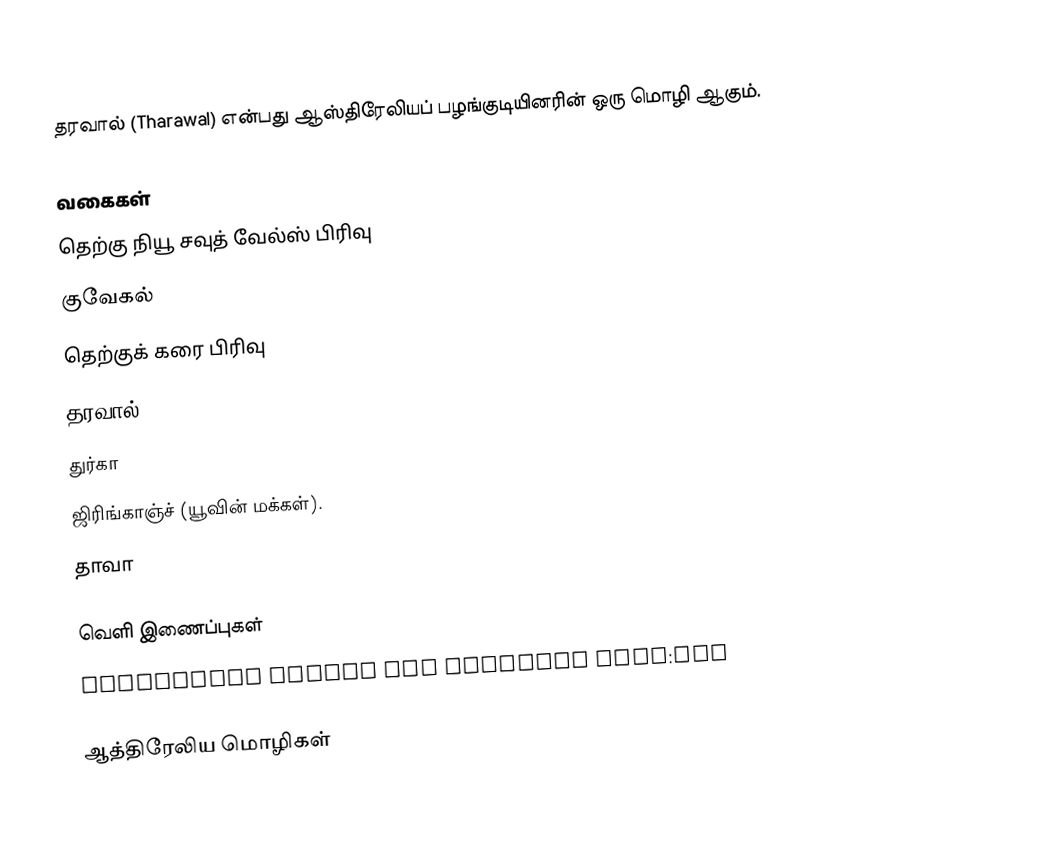
தரவால் (Tharawal) என்பது ஆஸ்திரேலியப் பழங்குடியினரின் ஒரு மொழி ஆகும்.

வகைகள்
தெற்கு நியூ சவுத் வேல்ஸ் பிரிவு
குவேகல்
தெற்குக் கரை பிரிவு
தரவால்.
துர்கா
ஜிரிங்காஞ்ச் (யூவின் மக்கள்).
தாவா

வெளி இணைப்புகள்
Ethnologue report for language code:tbh

ஆத்திரேலிய மொழிகள்